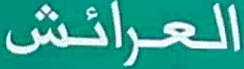
العرايش